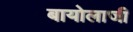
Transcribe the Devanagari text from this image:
बायोलाजी